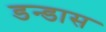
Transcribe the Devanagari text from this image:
डन्डास